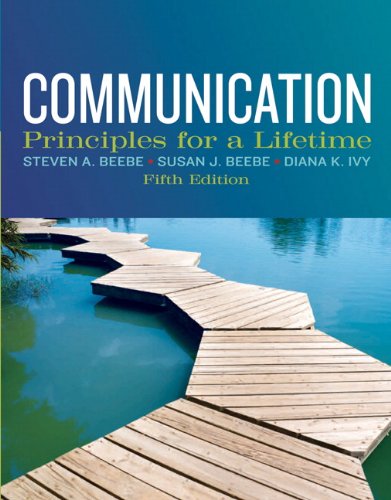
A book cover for Communication: Principles for a Lifetime (5th Edition); Steven A. Beebe; Humor & Entertainment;